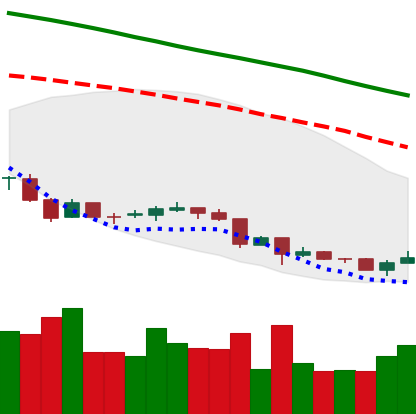
Ticker: NEO-USD
Chart end date: 2018-06-30
Forward return: 32.979%
Label: up_7plus